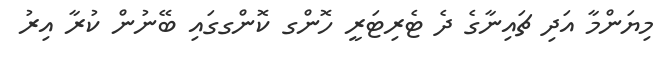
މިޔަންމާ އަދި ޗައިނާގެ ދެ ޓެރިޓަރީ ހޮންގ ކޮންގގައި ބޭނުން ކުރާ އިރު